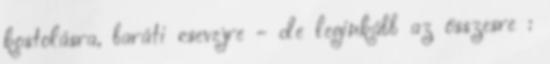
kostolásra, baráti csevejre - de leginkább az összesre :